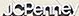
JCPenney